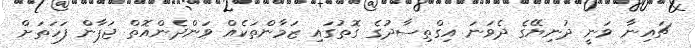
ޗައިނާ ވަނީ ދުނިޔޭގެ ދެވަނަ އިގްތިސާދުގެ ގޮތުގައި ޒަމާންތަކެއް ވަންދެންއޮތް ޖަޕާން ފަހަތަށް